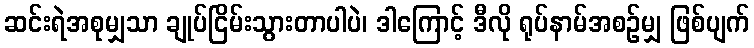
ဆင်းရဲအစုမျှသာ ချုပ်ငြိမ်းသွားတာပါပဲ၊ ဒါကြောင့် ဒီလို ရုပ်နာမ်အစဉ်မျှ ဖြစ်ပျက်